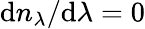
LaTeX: \mathrm{d}n_{\lambda}/\mathrm{d}\lambda=0